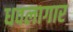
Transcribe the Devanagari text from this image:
धवलागार